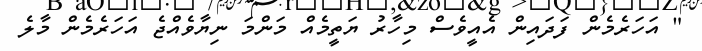
" އަހަރެމެން ފަދައިން އެއީވެސް މިހާރު ޔަތީމެއް މަންމަ ނިޔާވެއްޖެ އަހަރެމެން މާލެ